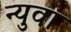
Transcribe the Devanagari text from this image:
न्युवा